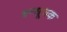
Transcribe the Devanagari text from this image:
बन्धूचक